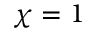
\chi = 1